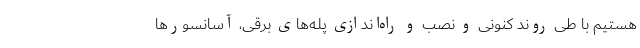
هستیم با طی روند کنونی و نصب و راه‌اندازی پله‌های برقی، آسانسور‌ها